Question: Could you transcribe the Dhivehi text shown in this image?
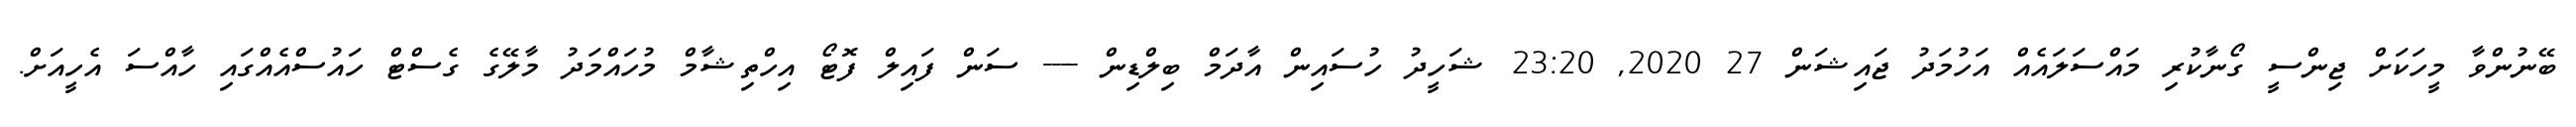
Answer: ބޭނުންވާ މީހަކަށް ޖިންސީ ގޯނާކުރި މައްސަލައެއް އަހުމަދު ޖައިޝަން 27 2020, 23:20 ޝަހީދު ހުސައިން އާދަމް ބިލްޑިން ---- ސަން ފައިލް ފޮޓޯ އިހްތިޝާމް މުހައްމަދު މާލޭގެ ގެސްޓް ހައުސްއެއްގައި ހާއްސަ އެހީއަށް.